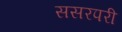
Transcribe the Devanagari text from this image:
ससरपरी